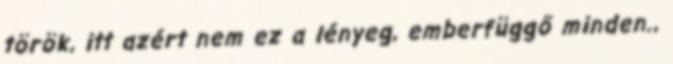
török, itt azért nem ez a lényeg, emberfüggő minden.,